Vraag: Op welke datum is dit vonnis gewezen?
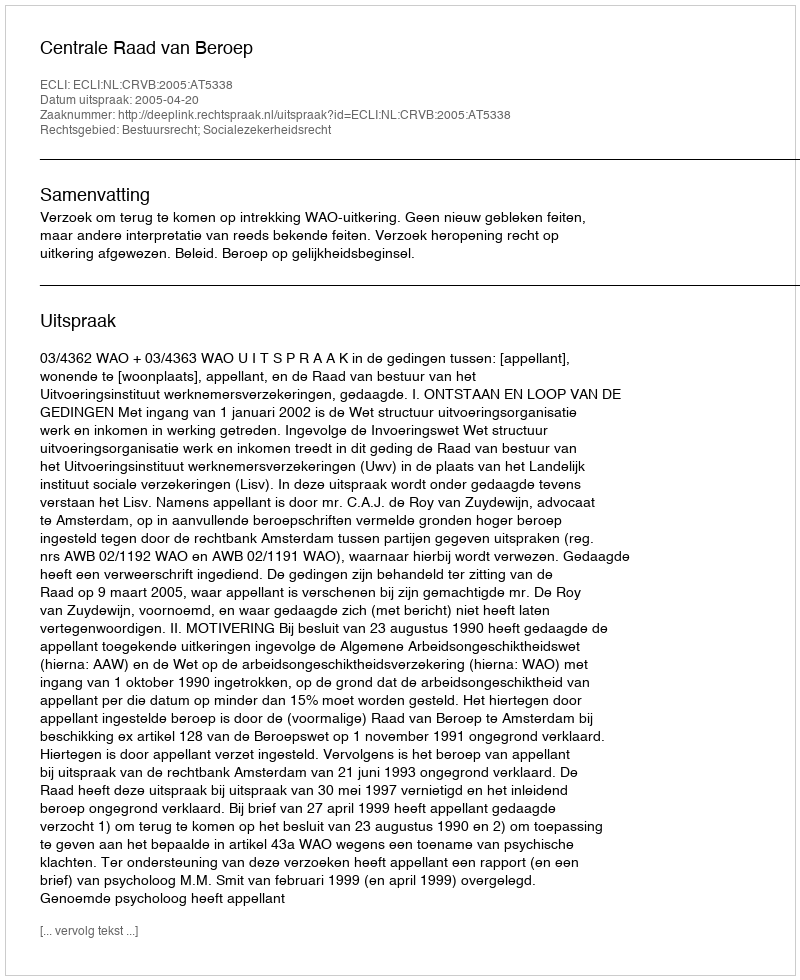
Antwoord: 2005-04-20